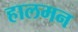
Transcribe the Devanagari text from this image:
हालमन